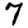
Digit: 7